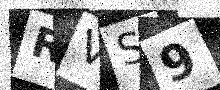
Text: RVS9